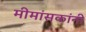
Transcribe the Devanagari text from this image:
मीमांसकांनी